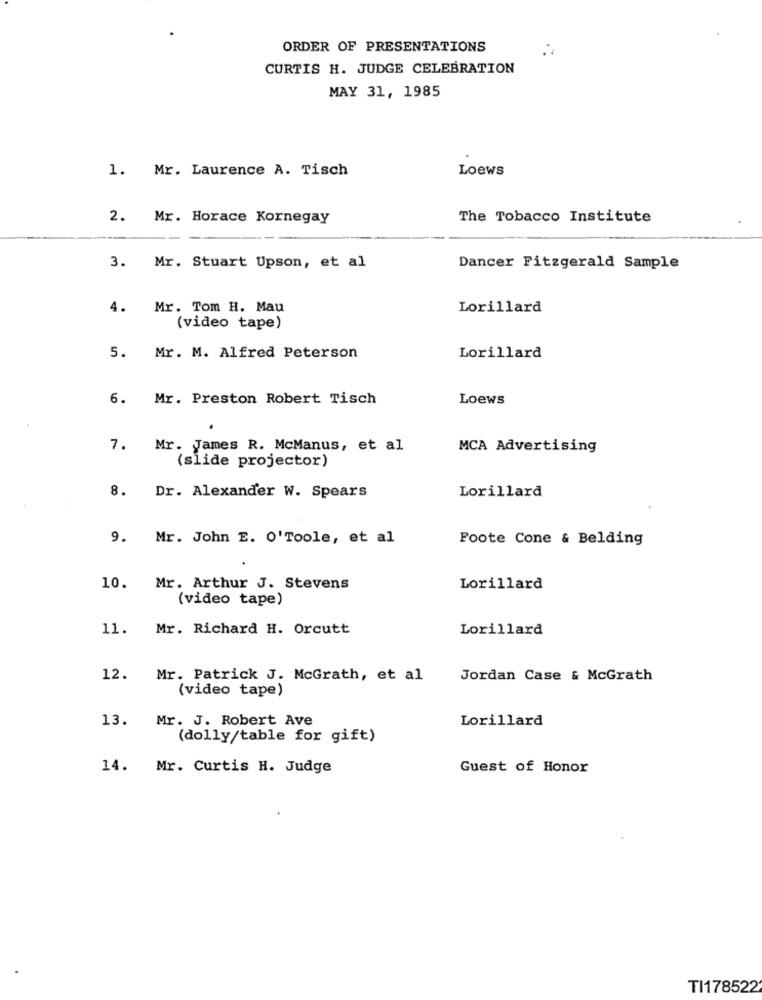
ORDER OF PRESENTATIONS
CURTIS H. JUDGE CELEBRATION
MAY 31, 1985
1. Mr. Laurence A. Tisch
Loews
2. Mr. Horace Kornegay
The Tobacco Institute
3. Mr. Stuart Upson, et al
Dancer Fitzgerald Sample
4.
Mr. Tom H. Mau
Lorillard
(video tape)
5.
Mr. M. Alfred Peterson
Lorillard
6.
Mr. Preston Robert Tisch
Loews
7.
Mr. James R. McManus, et al
MCA Advertising
(slide projector)
8.
Dr. Alexander W. Spears
Lorillard
9.
Mr. John E. O'Toole, et al
Foote Cone & Belding
10.
Mr. Arthur J. Stevens
Lorillard
(video tape)
11.
Mr. Richard H. Orcutt
Lorillard
12.
Mr. Patrick J. McGrath, et al
Jordan Case & McGrath
(video tape)
13. Mr. J. Robert Ave
Lorillard
(dolly/table for gift)
14. Mr. Curtis H. Judge
Guest of Honor
TI178522